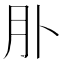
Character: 𦘱